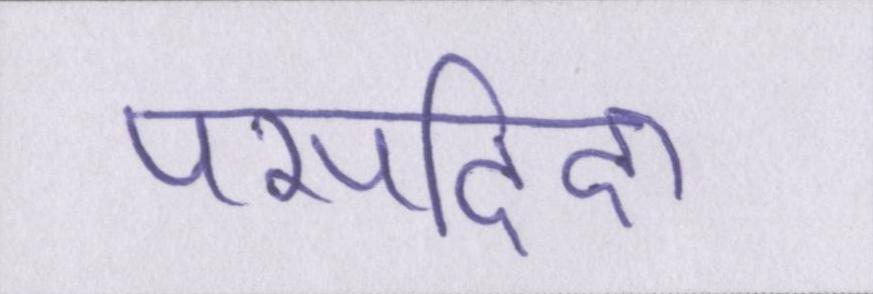
पसदिदा